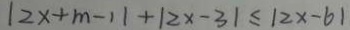
\vert 2 x + m - 1 \vert + \vert 2 x - 3 \vert \leq \vert 2 x - 6 \vert